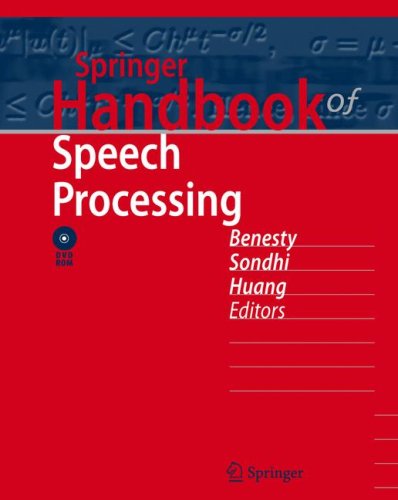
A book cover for Springer Handbook of Speech Processing; Computers & Technology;